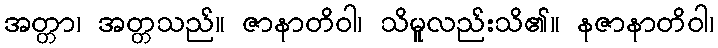
အတ္တာ၊ အတ္တသည်။ ဇာနာတိဝါ၊ သိမူလည်းသိ၏။ နဇာနာတိဝါ၊